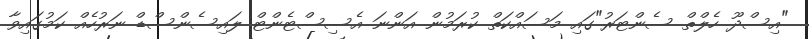
"އިސްދޫ ހެލްތް ސެންޓަރު"ގައި މަސައްކަތް ކުރަމުން އަންނަ އެސިސްޓެންޓް ލައިސެންސްޑް ނަރުހެއް ކަމުގައިވާ